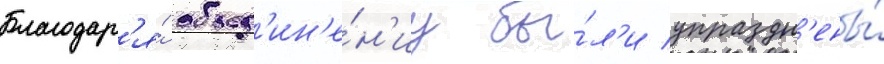
Благодар'я́ объед'ин'е́н'иу бы́л'и упраздн'ены́